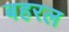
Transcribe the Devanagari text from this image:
बहरल